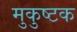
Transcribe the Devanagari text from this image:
मुकुष्टक